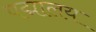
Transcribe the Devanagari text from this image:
पद्मालय